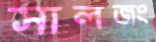
সালজং